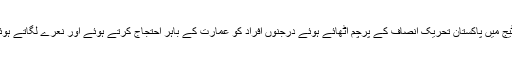
ایک اور ویڈیو فوٹیج میں پاکستان تحریک انصاف کے پرچم اٹھائے ہوئے درجنوں افراد کو عمارت کے باہر احتجاج کرتے ہوئے اور نعرے لگاتے ہوئے دکھایا گیا ہے۔